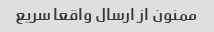
ممنون از ارسال واقعا سریع